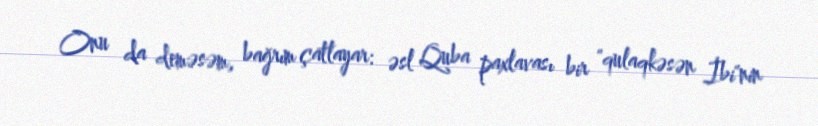
Onu da deməsəm, bağrım çatlayar: əsl Quba paxlavası bir "qulaqkəsən İbi"nin